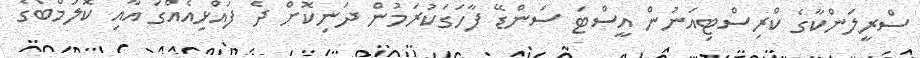
ސްރީލަންކާގެ ކްރިސްޓިއަނުން އީސްޓަ ސަންޑޭ ފާހަގަކުރަމުން ދަނިކޮށް ދެ ފައްޅިއެއްގަ އާއި ކޮލަމްބޯގެ